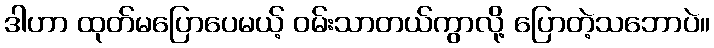
ဒါဟာ ထုတ်မပြောပေမယ့် ဝမ်းသာတယ်ကွာလို့ ပြောတဲ့သဘောပဲ။